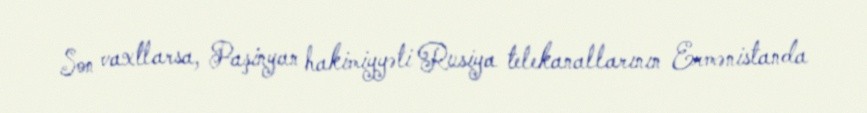
Son vaxtlarsa, Paşinyan hakimiyyəti Rusiya telekanallarının Ermənistanda